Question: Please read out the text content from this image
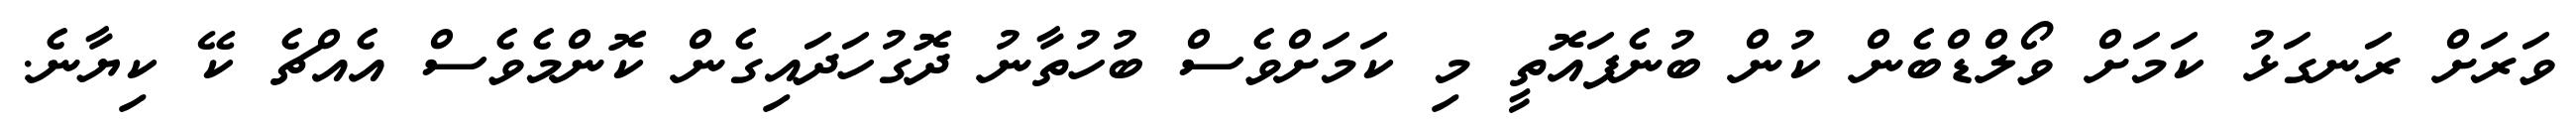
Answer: ވަރަށް ރަނގަޅު ކަމަށް ވޯލްޑްބެން ކުން ބުނެފައޮތީ މި ކަމަށްވެސް ބުހުތާނު ދޮގުހަދައިގެން ކޮންމެވެސް އެއްޗެ ކޭ ކިޔާނެ.